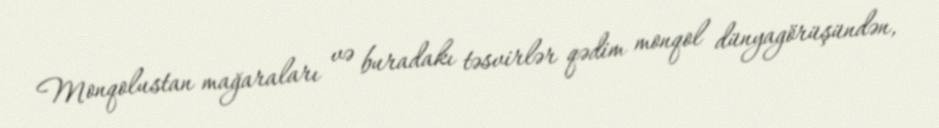
Monqolustan mağaraları və buradakı təsvirlər qədim monqol dünyagörüşündən,